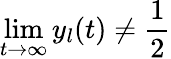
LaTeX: \operatorname*{lim}_{t\to\infty}y_{l}(t)\neq\frac{1}{2}